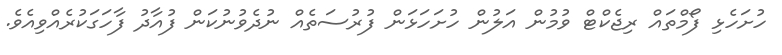
ހުށަހެޅި ފޯމްތައް ރިޖެކްޓް ވުމުން އަލުން ހުށަހަޅަން ފުރުސަތެއް ނުދެވުނުކަން ފުއާދު ފާހަގަކުރެއްވިއެވެ.